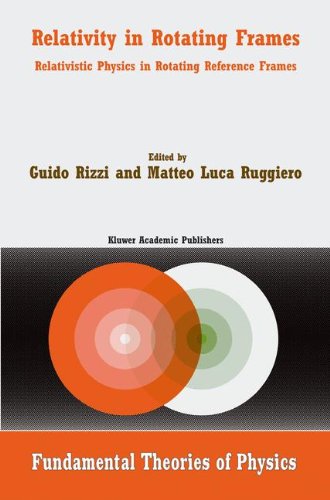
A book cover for Relativity in Rotating Frames: Relativistic Physics in Rotating Reference Frames (Fundamental Theories of Physics); Science & Math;